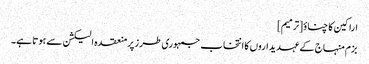
اراکین کا چناؤ[ترمیم]
بزم منہاج کے عہدیداروں کا انتخاب جمہوری طرز پرمنعقدہ الیکشن سے ہوتا ہے۔